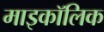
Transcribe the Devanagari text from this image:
माइकॉलिक